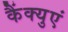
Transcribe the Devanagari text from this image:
कैंक्युएं